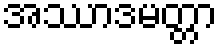
အဿာဒမတ္တာ